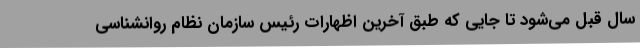
سال قبل می‌شود تا جایی که طبق آخرین اظهارات رئیس سازمان نظام روانشناسی